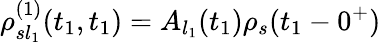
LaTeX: \rho_{sl_{1}}^{(1)}(t_{1},t_{1})=A_{l_{1}}(t_{1})\rho_{s}(t_{1}-0^{+})